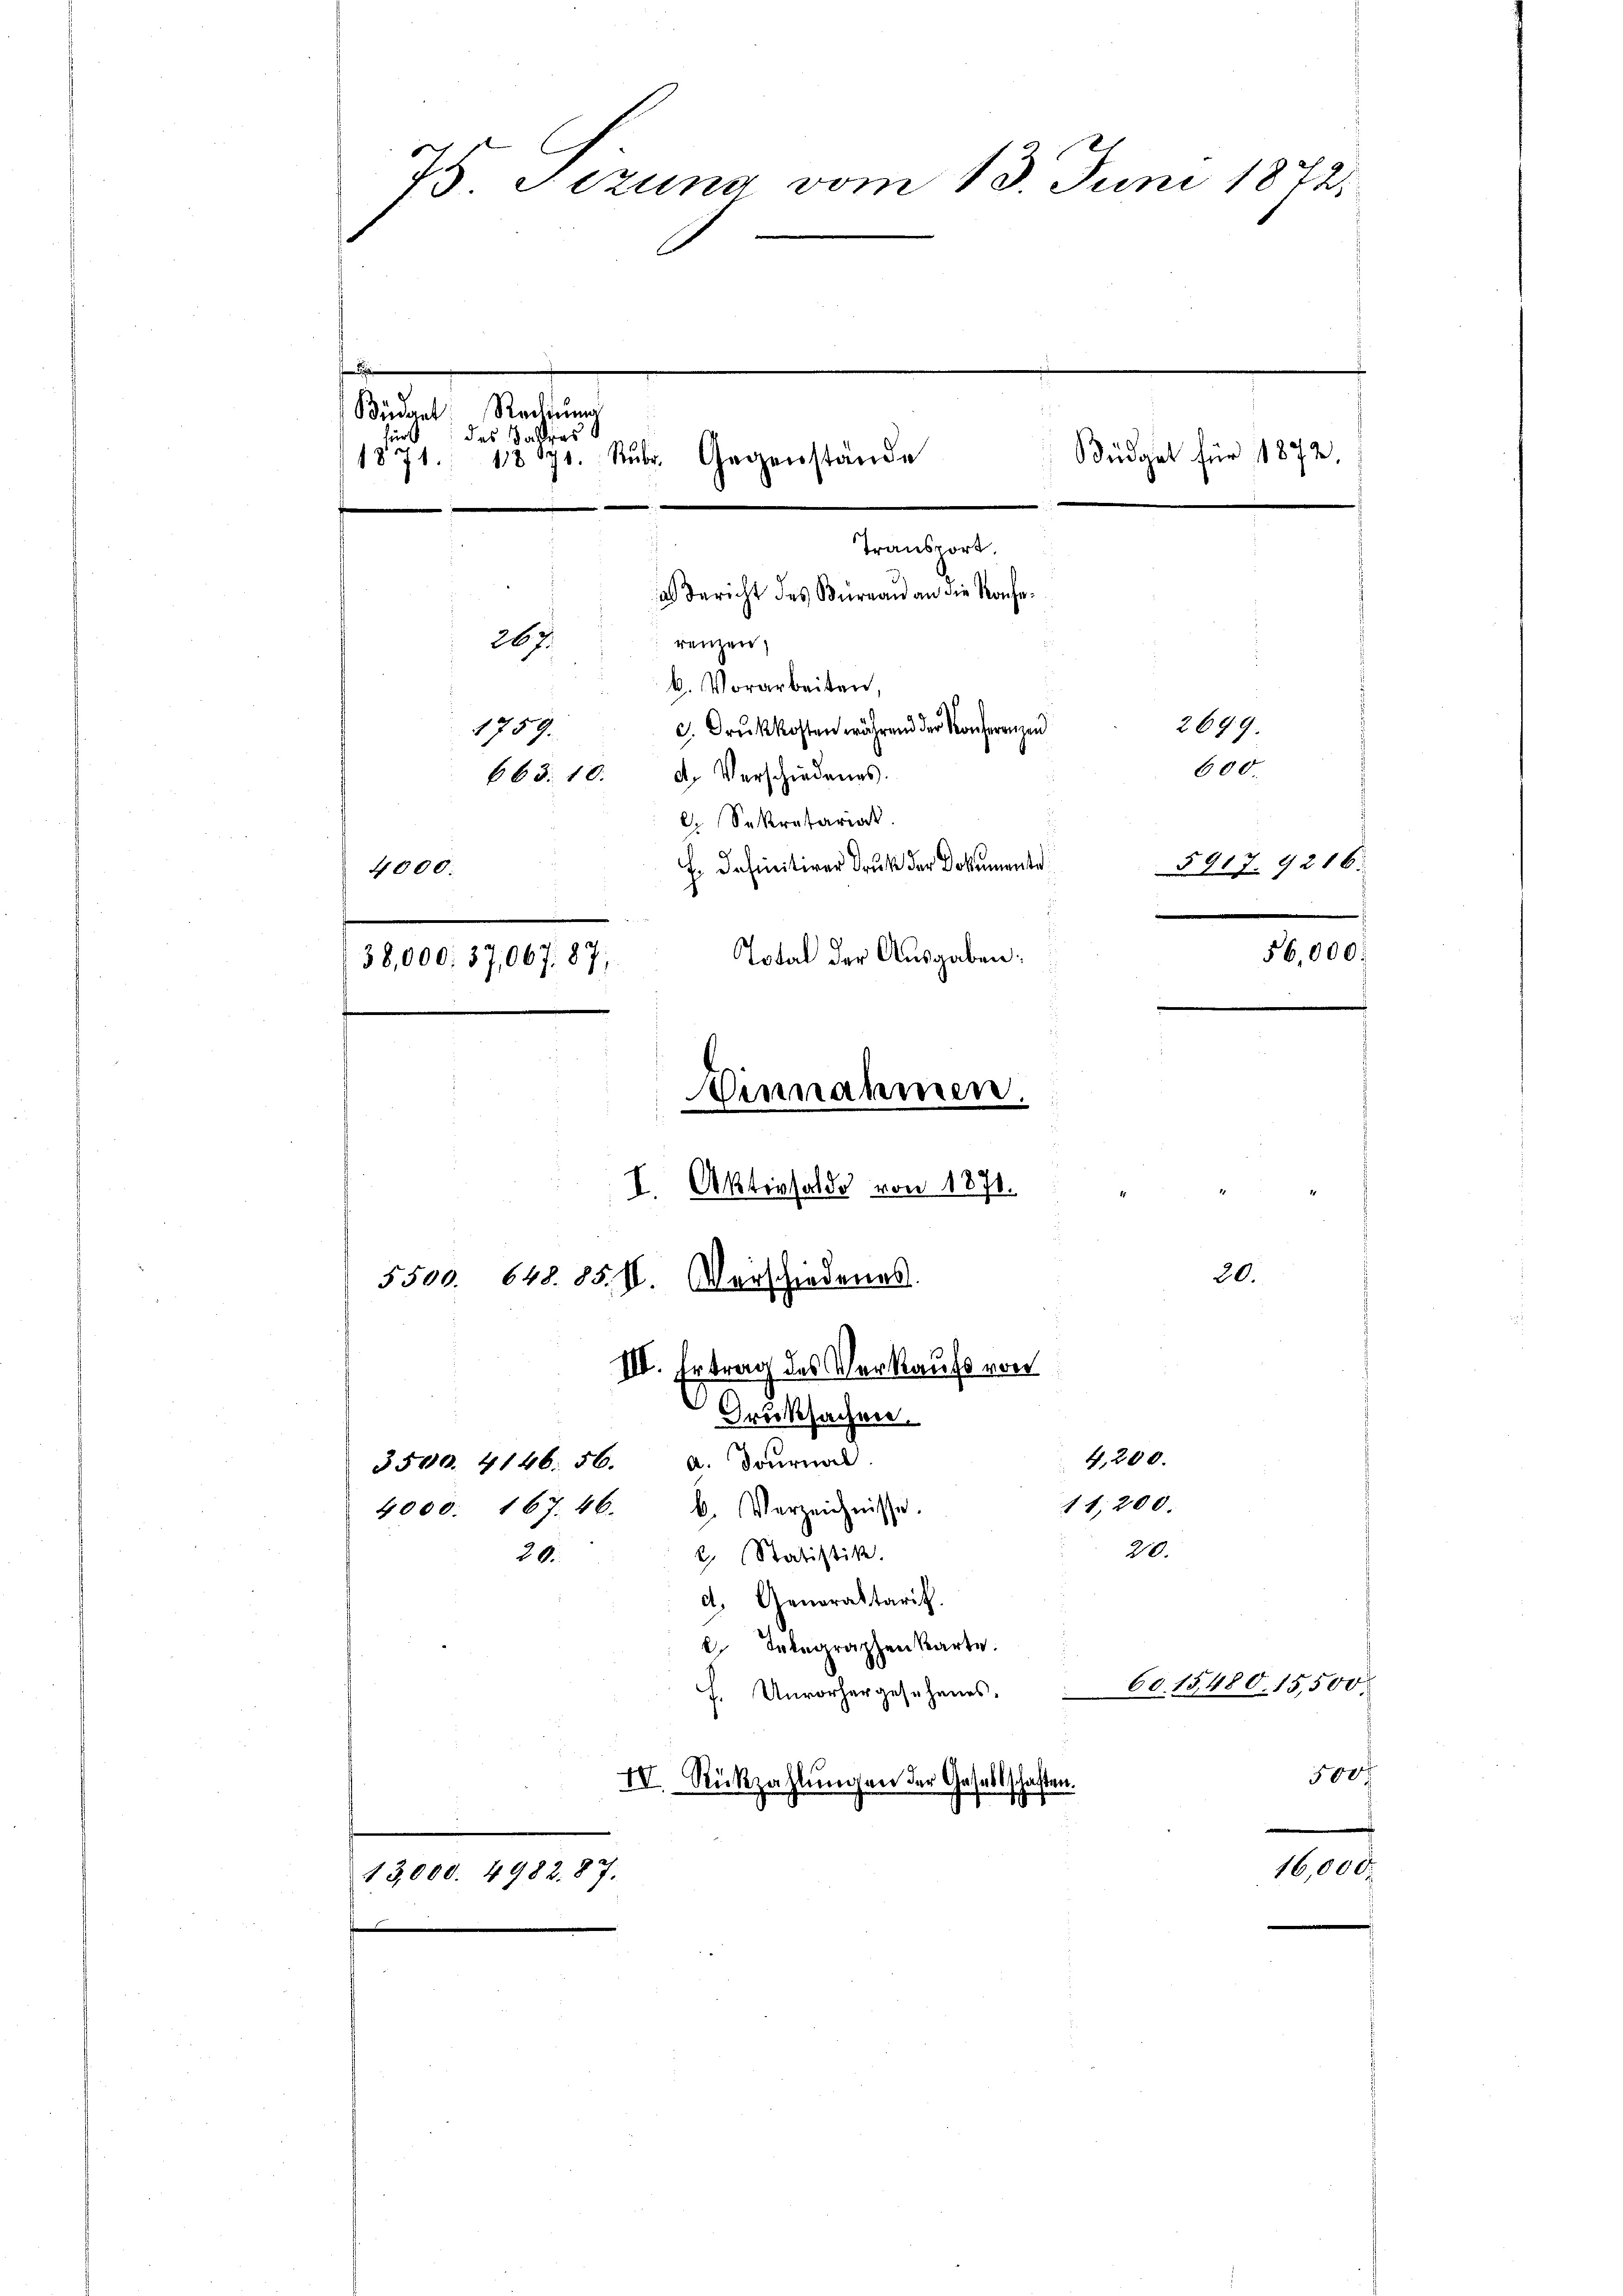
1
75 Sizung vom 13. Juni 1872

Büdget Reding
für
des Ballens
Büdget für 1872
1871. 18870. Rŭbr. Gegenstände
f
Transport
as Bericht des Büreau an die Rache
renzen,
267.
b. Vorarbeiten,
2699.
c. Druckkosten während der Konferenzen
1759.
600.
d. Verschiedenes.
663. 10.
l. Sekretariat.
H. Definitiver Druk der Dokumente
5917. 9216:
4000.
d
56,000.
Total der Ausgaben:
38,000. 37,067. 87,
.
Einnahmen.
I. Aktivsaldo von 1871.
20.
5500. 648. 85. II. Verschiedenes.
III. Ertrag des Verkaufs von
Druksachen.
4,200.
3540. 4146. 56. A. Bourna
11,200.
4000. 167. 46. u. Verzeichnisse.
20.
2. Statistik.
20.
d. Generaltarit.
. Telegraphen Karte.

60. 15,480. 15,500.
f. Unvorhergesehenes.
500f
IV. Rückzahlungen der Gesellschaften.

13,000. 4982. 87.

tan